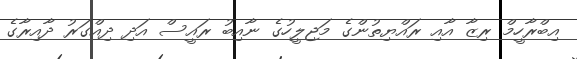
އިބްރާހީމް ރިޒާ އާއި ރައްޔިތުންގެ މަޖިލީހުގެ ނާއިބު ރައީސް އަދި ދިއްގަރު ދާއިރާގެ